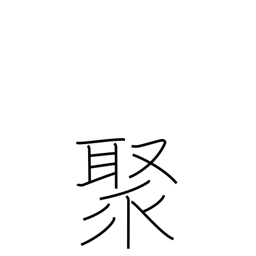
Meaning: assemble